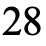
28